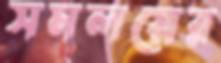
সমলয়ের